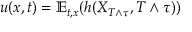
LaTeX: u ( x , t ) = \mathbb { E } _ { t , x } ( h ( X _ { T \wedge \tau } , T \wedge \tau ) )